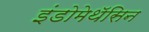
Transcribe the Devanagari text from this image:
इंडोमेथॅसिन